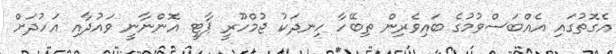
އެގޮތުގައި އެއްބަސްވުމުގެ ބައިވެރިން ތިބޭހާ ހިނދަކު ޖުމްހޫރީ ޕާޓީ އޮންނާނީ ވައުދާއި އަހުދަށް